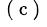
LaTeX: ^\mathrm{~(~c~)~}